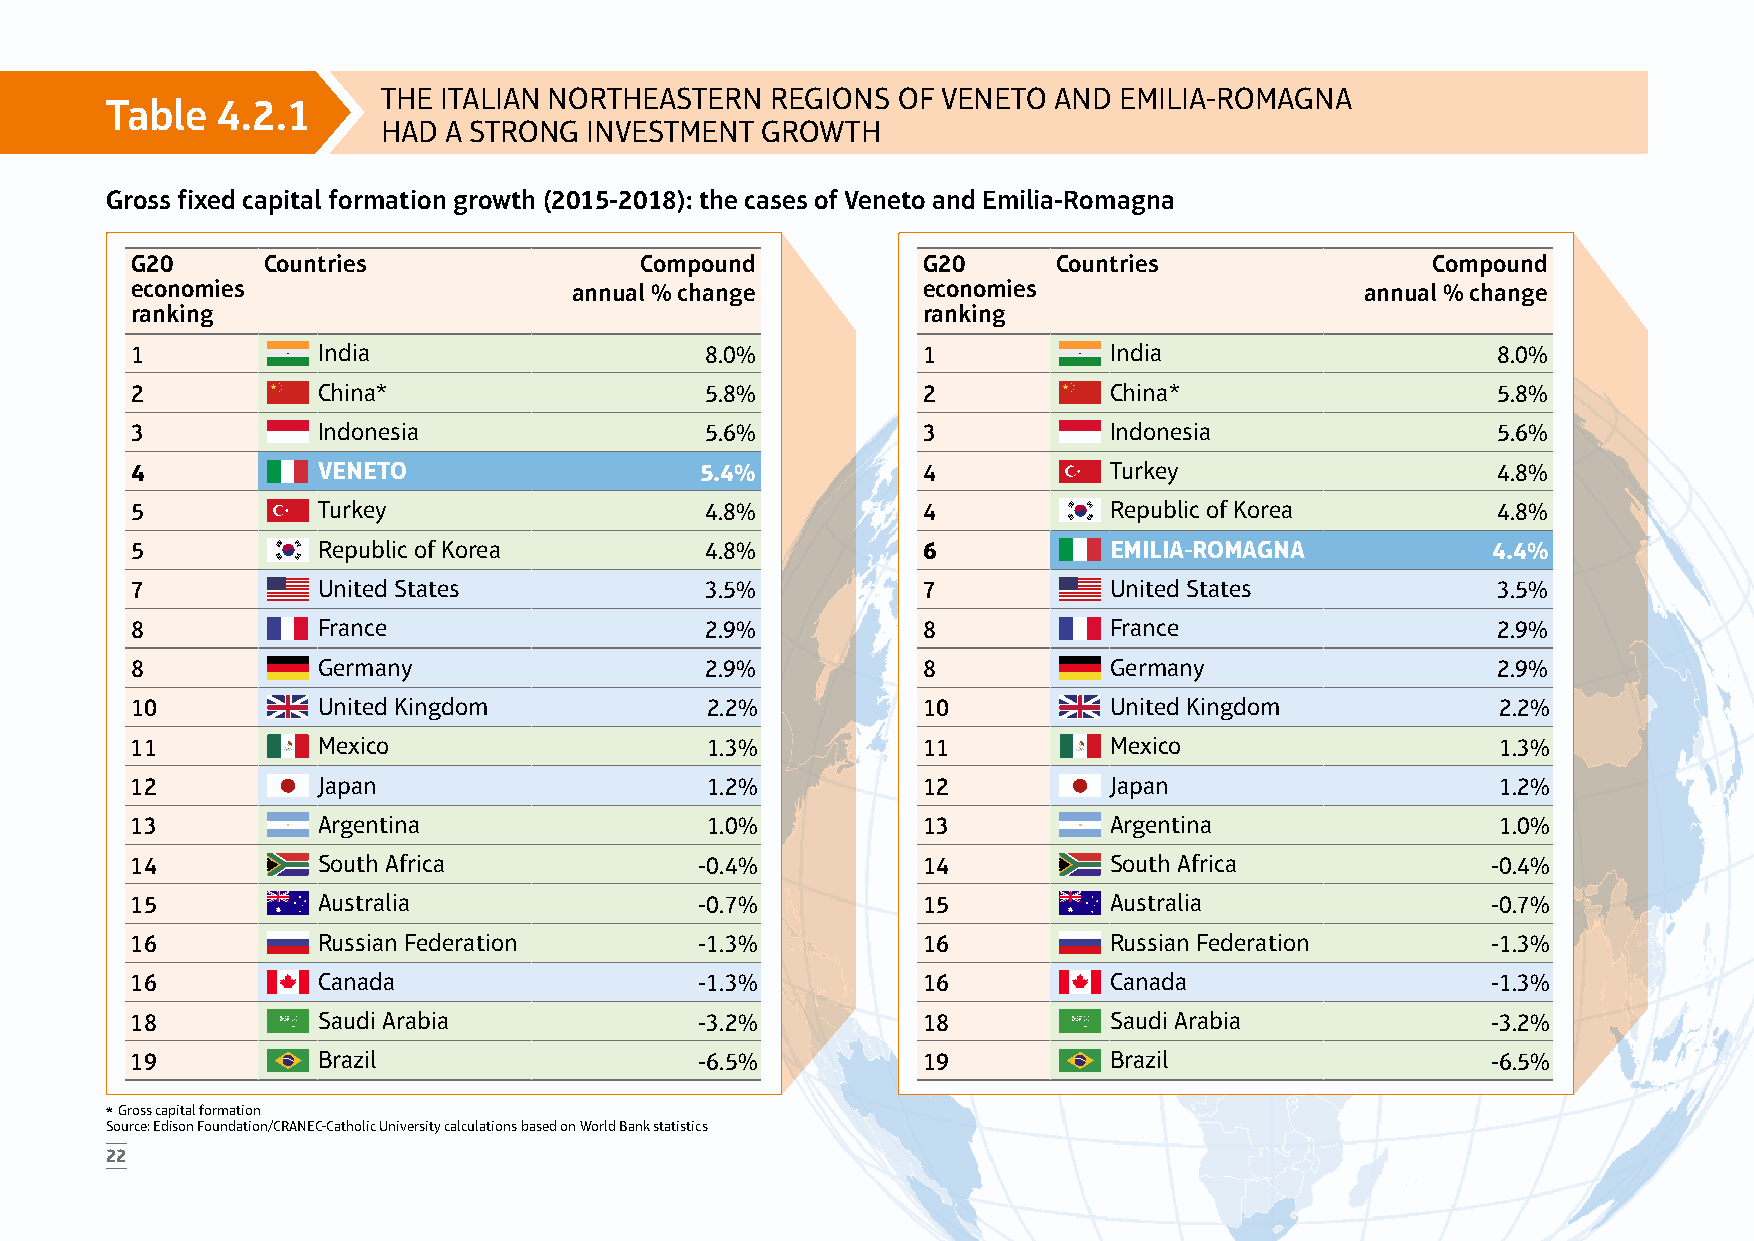
THE ITALIAN NORTHEASTERN  REGIONS OF VENETO  AND EMILIA-ROMAGNA
 Table  4.2.1
 HAD A STRONG  INVESTMENT GROWTH
 Gross fixed capital formation growth (2015-2018): the cases of Veneto and Emilia-Romagna
 G20     Countries                Compound           G20      Countries                Compound
 economies                    annual % change        economies                    annual % change
 ranking                                             ranking
 1           India                     8.0%          1           India                     8.0%
 2           China*                    5.8%          2           China*                    5.8%
 3           Indonesia                 5.6%          3           Indonesia                 5.6%
 4           VENETO                   5.4%           4           Turkey                    4.8%
 5           Turkey                    4.8%          4           Republic of Korea         4.8%
 5           Republic of Korea         4.8%          6           EMILIA-ROMAGNA            4.4%
 7           United States             3.5%          7           United States             3.5%
 8           France                    2.9%          8           France                    2.9%
 8           Germany                   2.9%          8           Germany                   2.9%
 10          United Kingdom            2.2%          10          United Kingdom            2.2%
 11          Mexico                    1.3%          11          Mexico                    1.3%
 12          Japan                     1.2%          12          Japan                     1.2%
 13          Argentina                 1.0%          13          Argentina                 1.0%
 14          South Africa             -0.4%          14          South Africa              -0.4%
 15          Australia                -0.7%          15          Australia                 -0.7%
 16          Russian Federation       -1.3%          16          Russian Federation        -1.3%
 16          Canada                   -1.3%          16          Canada                    -1.3%
 18          Saudi Arabia             -3.2%          18          Saudi Arabia              -3.2%
 19          Brazil                   -6.5%          19          Brazil                    -6.5%
 * Gross capital formation
 Source: Edison Foundation/CRANEC-Catholic University calculations based on World Bank statistics
 22